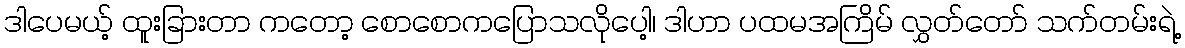
ဒါပေမယ့် ထူးခြားတာ ကတော့ စောစောကပြောသလိုပေါ့၊ ဒါဟာ ပထမအကြိမ် လွှတ်တော် သက်တမ်းရဲ့